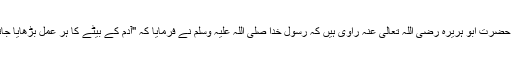
الحدیث رواہ البخاری و مسلم (مشکوٰۃ ١٧٣) سیدنا حضرت ابو ہریرہ رضی اللہ تعالی عنہ راوی ہیں کہ رسول خُدا صلی اللہ علیہ وسلم نے فرمایا کہ ''آدم کے بیٹے کا ہر عمل بڑھایا جاتا ہے ایک نیکی سے دس گنا سے سات سو تک ۔